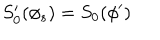
S _ { 0 } ^ { \prime } ( \phi _ { s } ) = S _ { 0 } ( \phi ^ { \prime } )